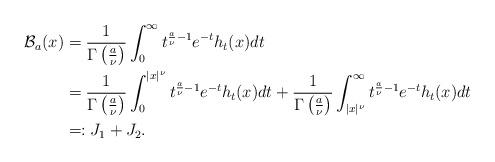
LaTeX: \begin{align*}\mathcal{B}_{a}(x)&=\frac{1}{\Gamma\left(\frac{a}{\nu}\right)}\int_{0}^{\infty}t^{\frac{a}{\nu}-1}e^{-t}h_{t}(x)dt\\&=\frac{1}{\Gamma\left(\frac{a}{\nu}\right)}\int_{0}^{|x|^{\nu}}t^{\frac{a}{\nu}-1}e^{-t}h_{t}(x)dt+\frac{1}{\Gamma\left(\frac{a}{\nu}\right)}\int_{|x|^{\nu}}^{\infty}t^{\frac{a}{\nu}-1}e^{-t}h_{t}(x)dt\\&=:J_{1}+J_{2}.\end{align*}